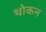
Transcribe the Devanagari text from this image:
थोकन